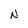
Character: N